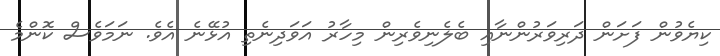
ކިޔެވުން ފަށަން ދަރިވަރުންނާއި ބެލެނިވެރިން މިހާރު އަވަދިނެތި އުޅޭނެ އެވެ. ނަމަވެސް ކޮންމެ